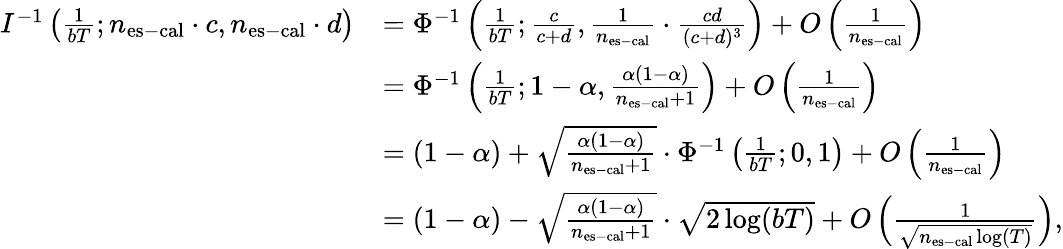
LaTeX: \begin{array}{rl}{I^{-1}\left(\frac{1}{bT};n_{\mathrm{es-cal}}\cdot c,n_{\mathrm{es-cal}}\cdot d\right)}&{=\Phi^{-1}\left(\frac{1}{bT};\frac{c}{c+d},\frac{1}{n_{\mathrm{es-cal}}}\cdot\frac{cd}{(c+d)^{3}}\right)+O\left(\frac{1}{n_{\mathrm{es-cal}}}\right)}\\ &{=\Phi^{-1}\left(\frac{1}{bT};1-\alpha,\frac{\alpha(1-\alpha)}{n_{\mathrm{es-cal}}+1}\right)+O\left(\frac{1}{n_{\mathrm{es-cal}}}\right)}\\ &{=(1-\alpha)+\sqrt{\frac{\alpha(1-\alpha)}{n_{\mathrm{es-cal}}+1}}\cdot\Phi^{-1}\left(\frac{1}{bT};0,1\right)+O\left(\frac{1}{n_{\mathrm{es-cal}}}\right)}\\ &{=(1-\alpha)-\sqrt{\frac{\alpha(1-\alpha)}{n_{\mathrm{es-cal}}+1}}\cdot\sqrt{2\log(bT)}+O\left(\frac{1}{\sqrt{n_{\mathrm{es-cal}}\log(T)}}\right),}\end{array}